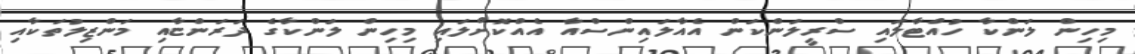
މިހިން ލަންކާ ހުއްޓާލައި ސްރީލަންކަން އެއާލައިންސްއާ އެއްކޮށްލައި މިހިން ލަންކާގެ ދަރަންޏާއި މަންޒިލުތަކާއި